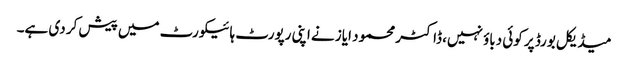
میڈیکل بورڈ پر کوئی دباؤ نہیں، ڈاکٹر محمود ایاز نے اپنی رپورٹ ہائیکورٹ میں پیش کر دی ہے۔